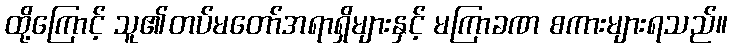
ထို့ကြောင့် သူ၏တပ်မတော်အရာရှိများနှင့် မကြာခဏ စကားများရသည်။